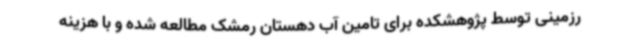
رزمینی توسط پژوهشکده برای تامین آب دهستان رمشک مطالعه شده و با هزینه